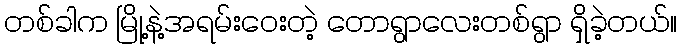
တစ်ခါက မြို့နဲ့အရမ်းဝေးတဲ့ တောရွာလေးတစ်ရွာ ရှိခဲ့တယ်။